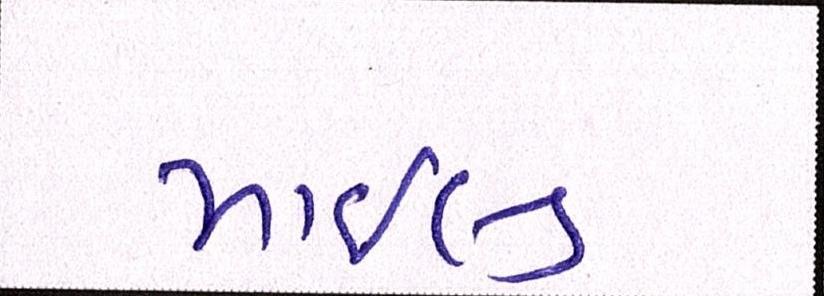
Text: માઇલ્ડ